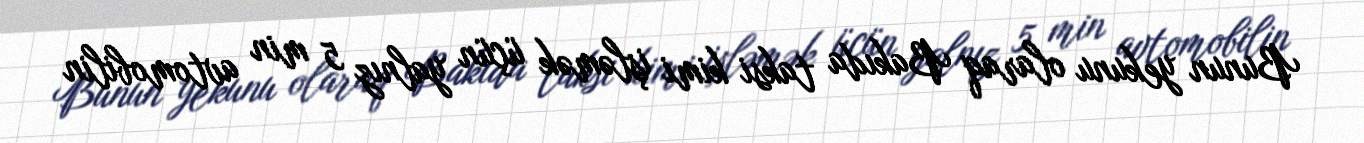
Bunun yekunu olaraq Bakıda taksi kimi işləmək üçün yalnız 5 min avtomobilin